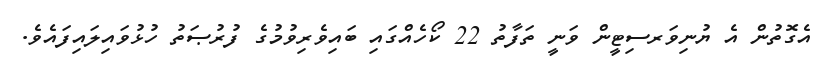
އެގޮތުން އެ ޔުނިވަރސިޓީން ވަނީ ތަފާތު 22 ކޯހެއްގައި ބައިވެރިވުމުގެ ފުރުޞަތު ހުޅުވައިލައިފައެވެ.